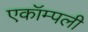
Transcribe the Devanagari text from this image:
एकॉम्पली